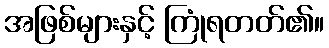
အဖြစ်များနှင့် ကြုံရတတ်၏။